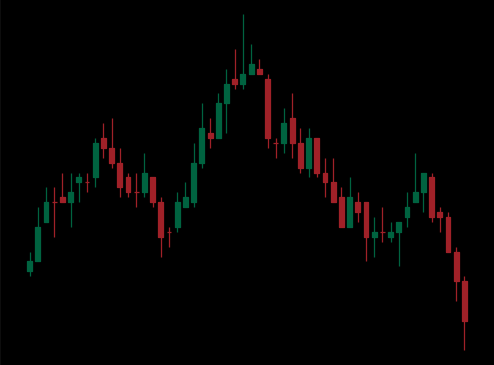
Pattern: head_shoulders